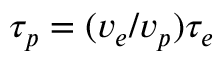
\tau _ { p } = ( v _ { e } / v _ { p } ) \tau _ { e }